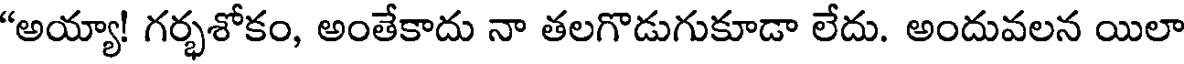
"అయ్యా! గర్భశోకం, అంతేకాదు నా తలగొడుగుకూడా లేదు. అందువలన యిలా